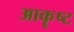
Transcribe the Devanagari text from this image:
आकॄष्‍ट